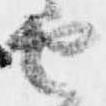
由